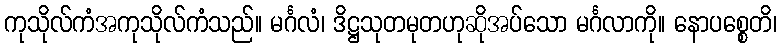
ကုသိုလ်ကံအကုသိုလ်ကံသည်။ မင်္ဂလံ၊ ဒိဋ္ဌသုတမုတဟုဆိုအပ်သော မင်္ဂလာကို။ နောပစ္စေတိ၊